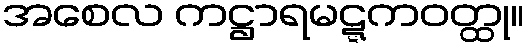
အစေလ ကဋ္ဌာရမဋ္ဋကဝတ္ထု။